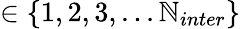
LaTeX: \in\{ 1,2,3,...\mathbb{N}_{inter}\}